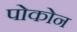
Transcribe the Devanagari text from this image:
पोकोन